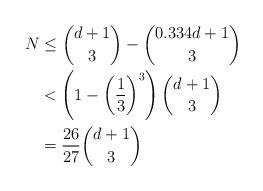
LaTeX: \begin{align*}N &\le \binom{d+1}{3} - \binom{0.334d+1}{3} \\&< \left( 1 - \left( \frac 13 \right)^3 \right) \binom{d+1}{3} \\&= \frac{26}{27} \binom{d+1}{3}\end{align*}